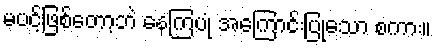
မပင့်ဖြစ်တော့ဘဲ နေကြပုံ အကြောင်းပြုသော စကား။